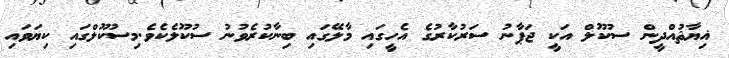
ޣިޔާޘުއްދީން ސުކޫލް އަކީ ޖަޕާނު ސަރުކާރުގެ އެހީގައި މާލޭގައި ބިނާކުރެވުނު ސުކޫލެކެވެ.މިސުކޫލްގައި ކިޔަވައި